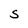
Character: S